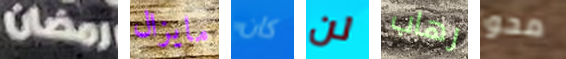
رمضان مايزال كان لن رهاب محو